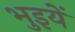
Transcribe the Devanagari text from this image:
भुइयें